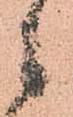
々